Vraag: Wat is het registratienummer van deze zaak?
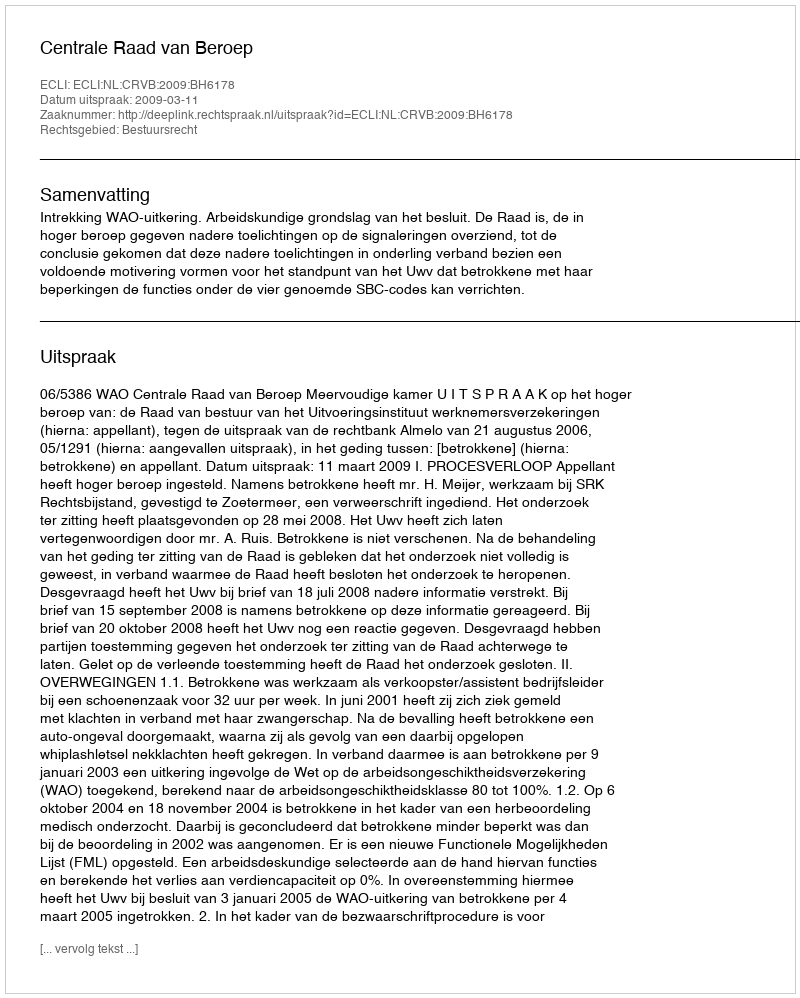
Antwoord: http://deeplink.rechtspraak.nl/uitspraak?id=ECLI:NL:CRVB:2009:BH6178